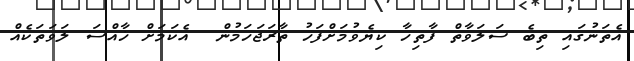
އެތަނުގައި ތިބެ ސަލަވާތް ފާތިހާ ކިޔެވުމަށްފަހު ތާރަޖަހަމުން  އެކަމަށް ޚާއްސަ ލަވަތަކެއް